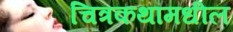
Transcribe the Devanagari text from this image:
चित्रकथांमधील